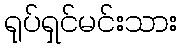
ရုပ်ရှင်မင်းသား